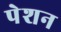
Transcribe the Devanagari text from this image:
पेशन